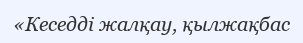
«Кеседді жалқау, қылжақбас